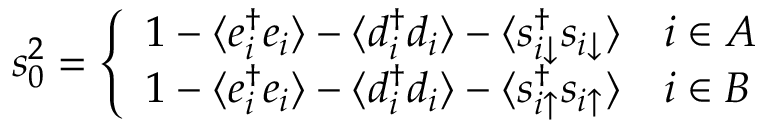
\begin{array} { r } { s _ { 0 } ^ { 2 } = \left\{ \begin{array} { l l } { 1 - \langle e _ { i } ^ { \dagger } e _ { i } \rangle - \langle d _ { i } ^ { \dagger } d _ { i } \rangle - \langle s _ { i \downarrow } ^ { \dagger } s _ { i \downarrow } \rangle } & { i \in A } \\ { 1 - \langle e _ { i } ^ { \dagger } e _ { i } \rangle - \langle d _ { i } ^ { \dagger } d _ { i } \rangle - \langle s _ { i \uparrow } ^ { \dagger } s _ { i \uparrow } \rangle } & { i \in B } \end{array} \right. } \end{array}